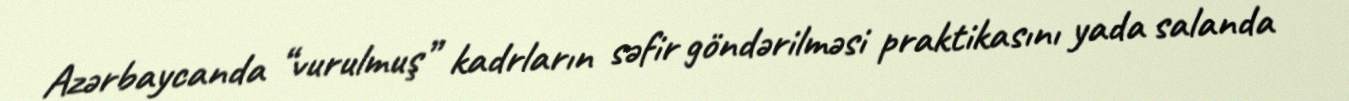
Azərbaycanda “vurulmuş” kadrların səfir göndərilməsi praktikasını yada salanda